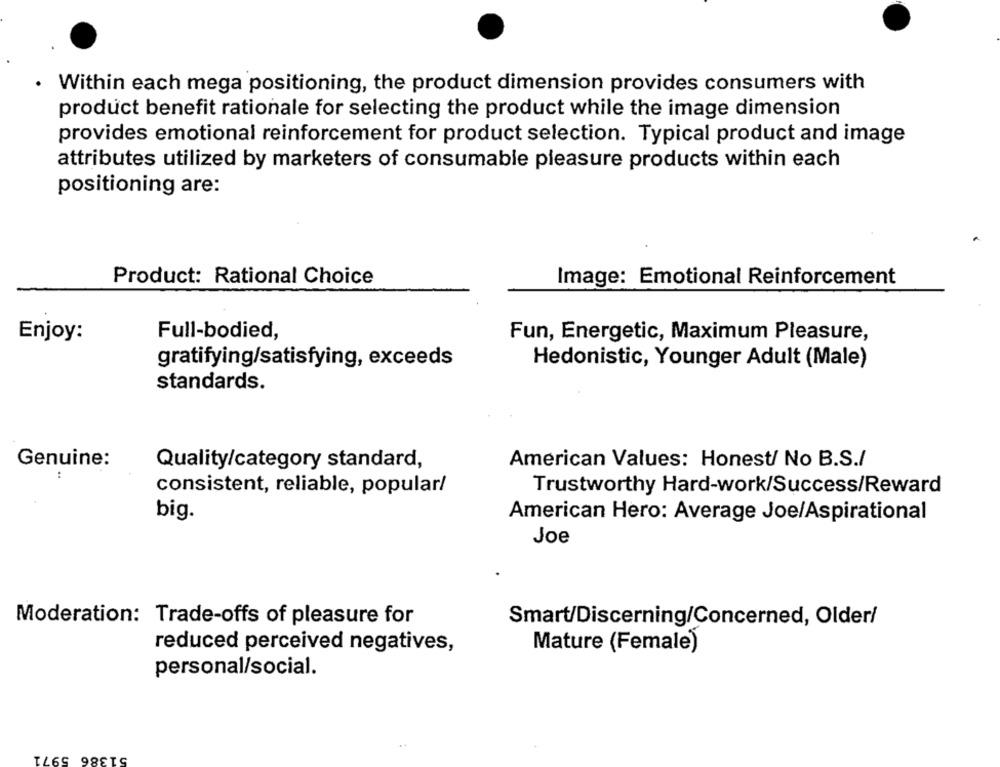
Within each mega positioning, the product dimension provides consumers with
product benefit rationale for selecting the product while the image dimension
provides emotional reinforcement for product selection. Typical product and image
attributes utilized by marketers of consumable pleasure products within each
positioning are:
Product: Rational Choice
Image: Emotional Reinforcement
Enjoy:
Full-bodied,
Fun, Energetic, Maximum Pleasure,
gratifying/satisfying, exceeds
Hedonistic, Younger Adult (Male)
standards.
Genuine:
Quality/category standard,
American Values: Honest/ No B.S./
:
consistent, reliable, popular/
Trustworthy Hard-work/Success/Reward
big.
American Hero: Average Joe/Aspirational
Joe
Moderation: Trade-offs of pleasure for
Smart/Discerning/Concerned, Older/
reduced perceived negatives,
Mature (Female)
personal/social.
51386 5971